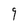
Character: 9